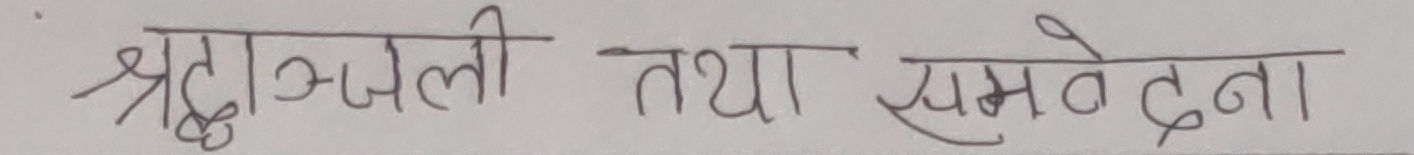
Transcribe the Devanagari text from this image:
श्रद्धाञ्जली तथा समवेदना